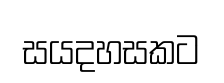
සයදහසකට